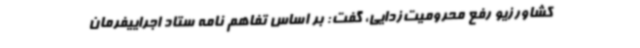
کشاورزیو رفع محرومیت‌زدایی، گفت: بر اساس تفاهم نامه ستاد اجراییفرمان